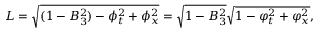
{ \cal L } = \sqrt { ( 1 - B _ { 3 } ^ { 2 } ) - \phi _ { t } ^ { 2 } + \phi _ { x } ^ { 2 } } = \sqrt { 1 - B _ { 3 } ^ { 2 } } \sqrt { 1 - \varphi _ { t } ^ { 2 } + \varphi _ { x } ^ { 2 } } ,